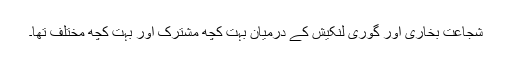
شجاعت بخاری اور گوری لنکیش کے درمیان بہت کچھ مشترک اور بہت کچھ مختلف تھا۔